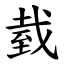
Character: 臷